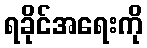
ရခိုင်အရေးကို